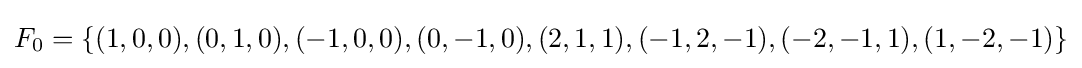
F_{0}=\left\{(1,0,0),(0,1,0),(-1,0,0),(0,-1,0),(2,1,1),(-1,2,-1),(-2,-1,1),(1,-2,-1)\right\}